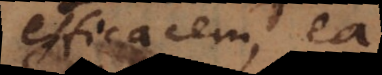
efficacem, ea